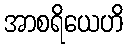
အာစရိယေဟိ